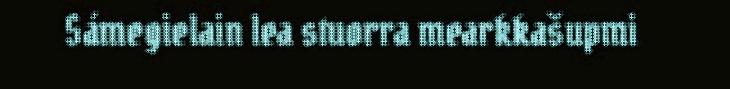
Sámegielain lea stuorra mearkkašupmi